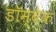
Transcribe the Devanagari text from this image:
डॉम्बेक